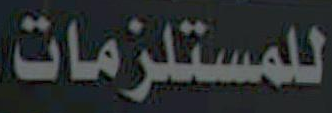
للمستلزمات